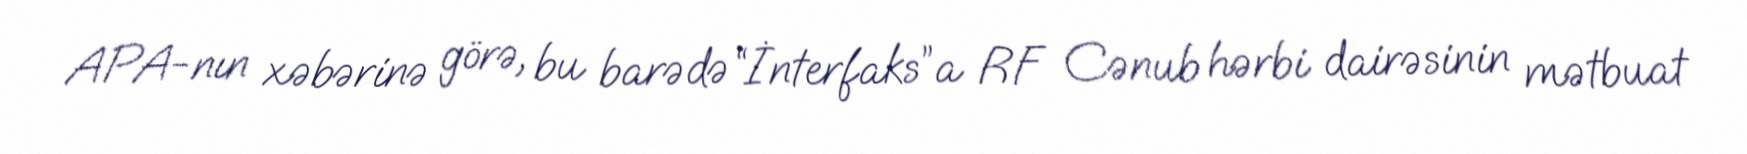
APA-nın xəbərinə görə, bu barədə “İnterfaks”a RF Cənub hərbi dairəsinin mətbuat